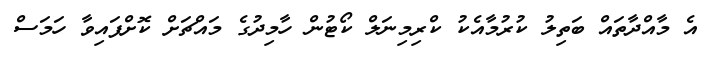
އެ މާއްދާތައް ބަތިލު ކުރުމާއެކު ކްރިމިނަލް ކޯޓުން ހާމިދުގެ މައްޗަށް ކޮށްފައިވާ ހަމަސް